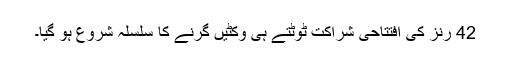
42 رنز کی افتتاحی شراکت ٹوٹتے ہی وکٹیں گرنے کا سلسلہ شروع ہو گیا۔